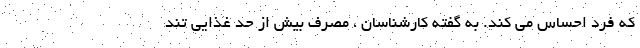
که فرد احساس می کند. به گفته کارشناسان ، مصرف بیش از حد غذایی تند